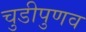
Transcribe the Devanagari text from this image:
चुडीपुणव